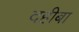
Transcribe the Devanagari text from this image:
दहीबा